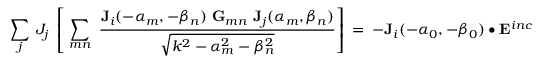
~ \sum _ { j } ~ J _ { j } ~ \left[ ~ \sum _ { m n } ~ { \frac { \mathbf { J } _ { i } ( - \alpha _ { m } , - \beta _ { n } ) ~ \mathbf { G } _ { m n } ~ \mathbf { J } _ { j } ( \alpha _ { m } , \beta _ { n } ) } { \sqrt { k ^ { 2 } - \alpha _ { m } ^ { 2 } - \beta _ { n } ^ { 2 } } } } \right] ~ = ~ - \mathbf { J } _ { i } ( - \alpha _ { 0 } , - \beta _ { 0 } ) ~ \bullet ~ \mathbf { E } ^ { i n c } ( \alpha _ { 0 } , \beta _ { 0 } ) ~ ~ ~ ~ ~ ~ ~ ~ ~ ~ ~ ~ ~ ( 4 . 2 )